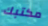
مكتبك